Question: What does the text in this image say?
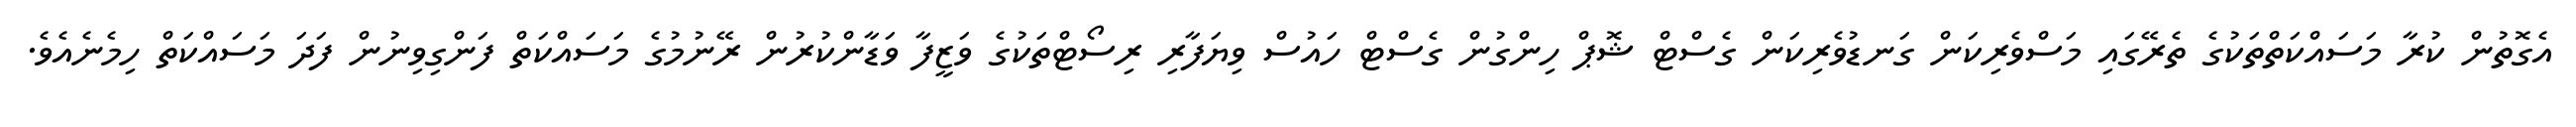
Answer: އެގޮތުން ކުރާ މަސައްކަތްތަކުގެ ތެރޭގައި މަސްވެރިކަން ގަނޑުވެރިކަން ގެސްޓް ޝޮޕް ހިންގުން ގެސްޓް ހައުސް ވިޔަފާރި ރިސޯޓްތަކުގެ ވަޒީފާ ވަޑާންކުރުން ރޭނުމުގެ މަސައްކަތް ފަންގިވިނުން ފަދަ މަސައްކަތް ހިމެނެއެވެ.